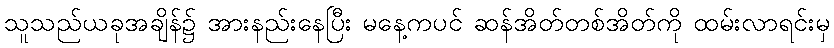
သူသည်ယခုအချိန်၌ အားနည်းနေပြီး မနေ့ကပင် ဆန်အိတ်တစ်အိတ်ကို ထမ်းလာရင်းမှ